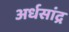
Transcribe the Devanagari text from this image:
अर्धसांद्र